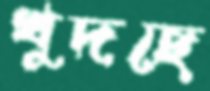
খুদছে